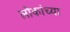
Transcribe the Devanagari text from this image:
लोकांच्‍या